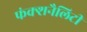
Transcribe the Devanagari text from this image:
फंक्शनैलिटी